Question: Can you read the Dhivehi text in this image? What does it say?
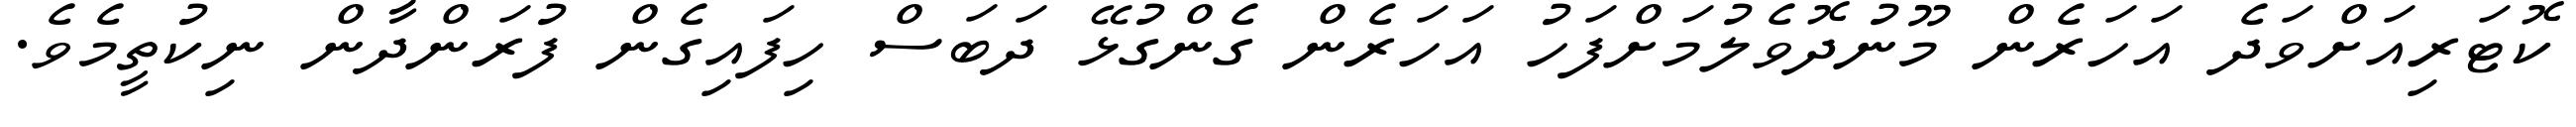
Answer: ކޮޓަރިއަށްވަދެ އަހަރެން މޫނުދޮވެލުމަށްފަހު އަހަރެން ގެންގުޅޭ ދަބަސް ހިފައިގެން ފުރަންދާން ނިކުތީމެވެ.